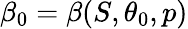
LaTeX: \beta_{0}=\beta(S,\theta_{0},p)